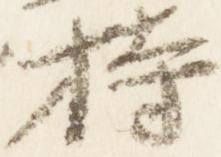
持